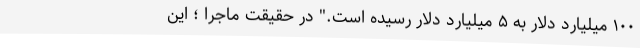
۱۰۰ میلیارد دلار به ۵ میلیارد دلار رسیده است." در حقیقت ماجرا ؛ این